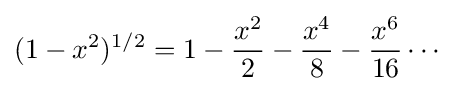
(1-x^{2})^{1/2}=1-{\frac {x^{2}}{2}}-{\frac {x^{4}}{8}}-{\frac {x^{6}}{16}}\cdots